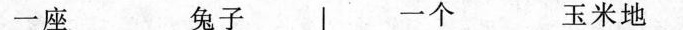
一座 兔子 一个 玉米地